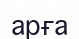
арға